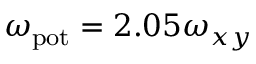
\omega _ { \mathrm { p o t } } = 2 . 0 5 \omega _ { x y }